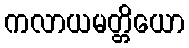
ကလာယမတ္တိယော